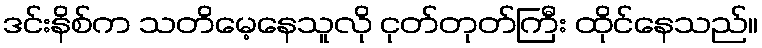
ဒင်းနိစ်က သတိမေ့နေသူလို ငုတ်တုတ်ကြီး ထိုင်နေသည်။